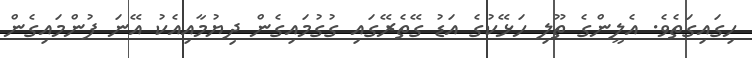
ހިގައިގަތެވެ. އެލީންގެ ތޫލި ހަޅޭކުގެ އަޑު ގޭތެރޭގައި ގުގުމައިގެން ދިޔުމާއިއެކު އޭނަ ފުންމައިގެން